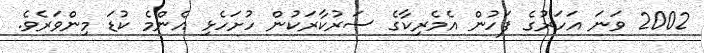
2002 ވަނަ އަހަރުގެ ފަހުން އެމެރިކާގެ ސަރުކާރަކުން ހުށަހެޅި އެންމެ ކުޑަ މިންވަރެވެ.